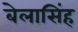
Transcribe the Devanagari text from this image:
बेलासिंह